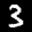
Label: 3